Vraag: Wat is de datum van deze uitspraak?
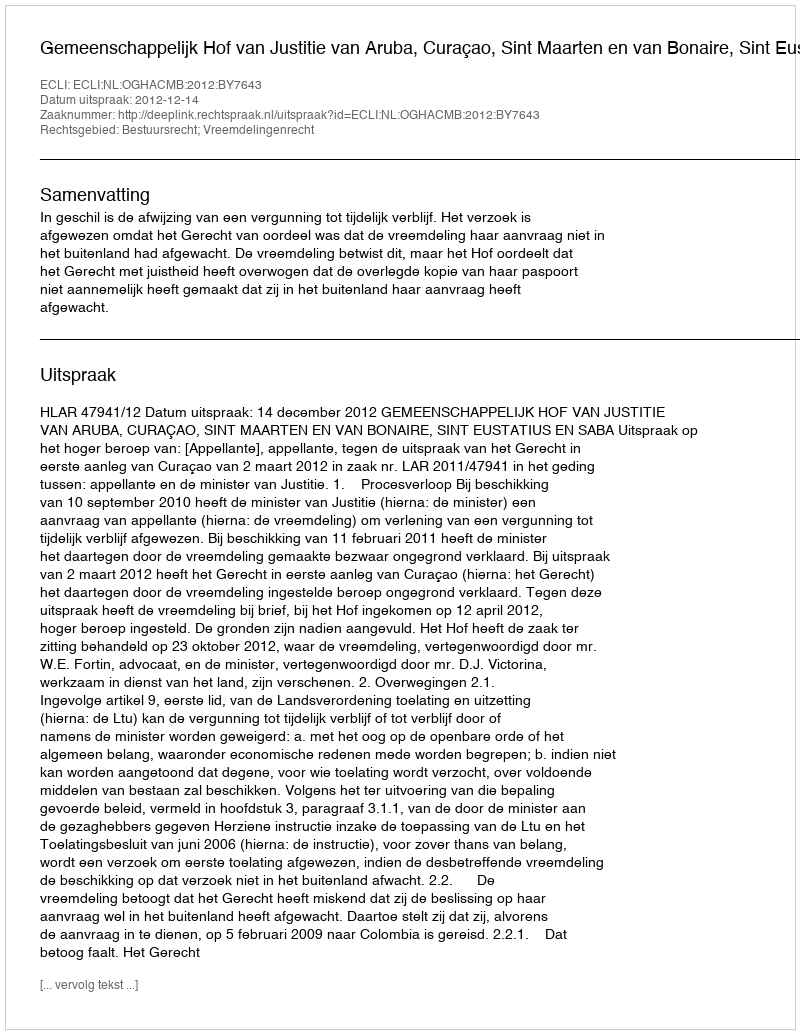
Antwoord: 2012-12-14